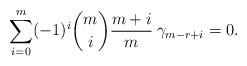
LaTeX: \begin{align*} \sum\limits_{i=0}^m (-1)^i {m\choose i} \frac{m+i}m\:\gamma_{m-r+i} = 0.\end{align*}